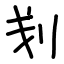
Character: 刬